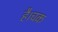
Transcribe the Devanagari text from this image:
है।चक